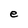
Character: e